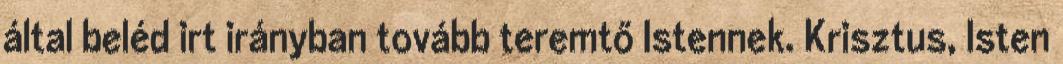
által beléd irt irányban tovább teremtő Istennek. Krisztus, Isten